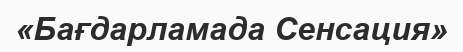
«Бағдарламада Сенсация»